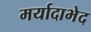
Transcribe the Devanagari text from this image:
मर्यादाभेद